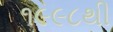
૧૯૯૮થી